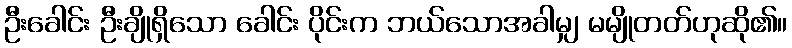
ဦးခေါင်း ဦးချိုရှိသော ခေါင်း ပိုင်းက ဘယ်သောအခါမျှ မမျိုတတ်ဟုဆို၏။